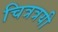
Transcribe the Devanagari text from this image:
चित्रत्रयी